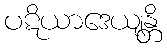
ပဋိယာဒေယျန္တိ